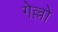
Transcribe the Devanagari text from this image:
गेल्लो